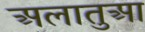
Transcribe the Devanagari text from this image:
अलातुआ